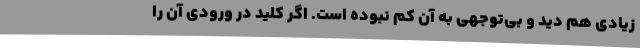
زیادی هم دید و بی‌توجهی به آن کم نبوده است. اگر کلید در ورودی آن را